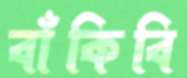
বাঁকিবি